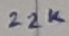
Text: 22K